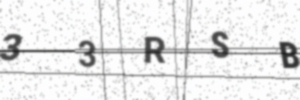
Text: 33RSB